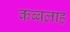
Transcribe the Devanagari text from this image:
कब्बलाह